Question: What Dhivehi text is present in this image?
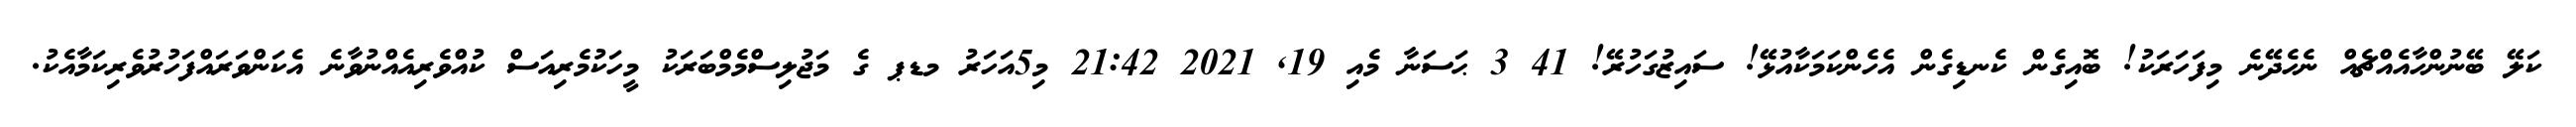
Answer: ކަލޭ ބޭނުންހާއެއްޗެއް ނެހެދޭނެ މިފަހަރަކު! ބޮއިގެން ކެނޑިގެން އެހެންކަމަކާއުޅޭ! ސައިޒުގަހުރޭ! 41 3 ޙަސަނާ މެއި 19, 2021 21:42 މި5އަހަރު މޑޕ ގެ މަޖުލިސްމެމްބަރަކު މީހަކުމެރިއަސް ކުއްވެރިއެއްނުވާނެ އެކަންވަރައްފަހުރުވެރިކަމާއެކު.